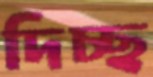
দিচ্ছ